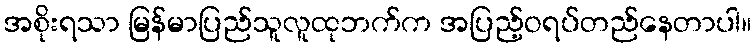
အစိုးရသာ မြန်မာပြည်သူလူထုဘက်က အပြည့်ဝရပ်တည်နေတာပါ။